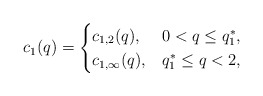
\begin{align*}c_1(q) = \begin{cases} c_{1,2}(q), & 0 < q \leq q_1^*, \\ c_{1,\infty}(q), & q_1^* \leq q < 2, \end{cases}\end{align*}